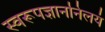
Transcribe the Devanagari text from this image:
स्वरूपज्ञाननिलयं